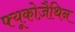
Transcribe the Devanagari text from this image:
फ्यूकोज़ैथिन